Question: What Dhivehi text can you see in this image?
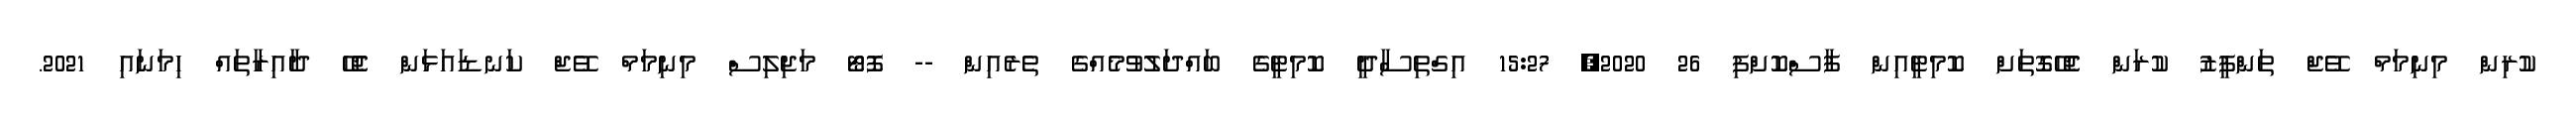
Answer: ކުރިން މިނިމަމް ވޭޖް ތަންފީޒު ކުރަން ޖެހޭގޮތަށް ކޮމިޓީއިން ފާސްކޮށްފި 26 2020, 15:27 އިގްތިސާދީ ކޮމިޓީގެ ބައްދަލުވުމެއްގެ ތެރެއިން -- ފޮޓޯ މަޖިލިސް މިނިމަމް ވޭޖް ކަނޑައަޅަން ޖެހޭ ދާއިރާތައް ހިމަނައި 2021.